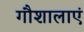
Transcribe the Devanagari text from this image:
गौशालाएं